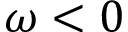
\omega < 0